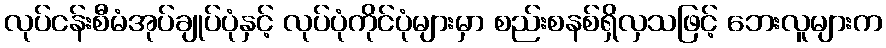
လုပ်ငန်းစီမံအုပ်ချုပ်ပုံနှင့် လုပ်ပုံကိုင်ပုံများမှာ စည်းစနစ်ရှိလှသဖြင့် ဘေးလူများက